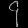
Digit: ၄